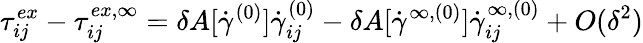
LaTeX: \tau_{ij}^{ex}-\tau_{ij}^{ex,\infty}=\delta A[\dot{\gamma}^{(0)}]\dot{\gamma}_{ij}^{(0)}-\delta A[\dot{\gamma}^{\infty,(0)}]\dot{\gamma}_{ij}^{\infty,(0)}+O(\delta^{2})